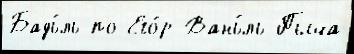
Бадь́ль по Его́р-Вань́ль Пыча